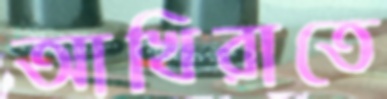
আখিরাতে